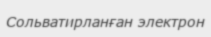
Сольватирланған электрон